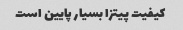
کیفیت پیتزا بسیار پایین است